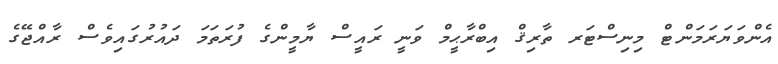
އެންވަޔަރަމަންޓް މިނިސްޓަރ ތާރިޤް އިބްރާޙީމް ވަނީ ރައީސް ޔާމީންގެ ފުރަތަމަ ދައުރުގައިވެސް ރާއްޖޭގެ